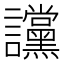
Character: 讜